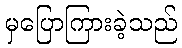
မှပြောကြားခဲ့သည်